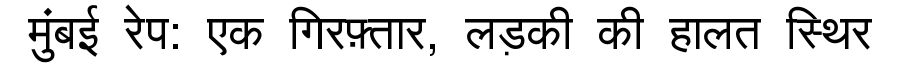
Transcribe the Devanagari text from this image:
मुंबई रेप: एक गिरफ़्तार, लड़की की हालत स्थिर